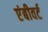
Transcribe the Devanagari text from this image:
एंबीवर्ट